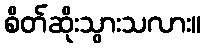
စိတ်ဆိုးသွားသလား။